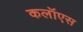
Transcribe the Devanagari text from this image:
कलॉएस